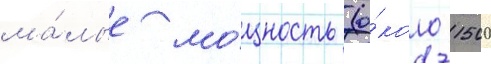
ма́лые мо́щность (о́коло 1500